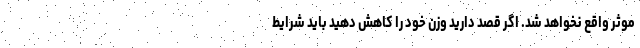
موثر واقع نخواهد شد. اگر قصد دارید وزن خود را کاهش دهید باید شرایط